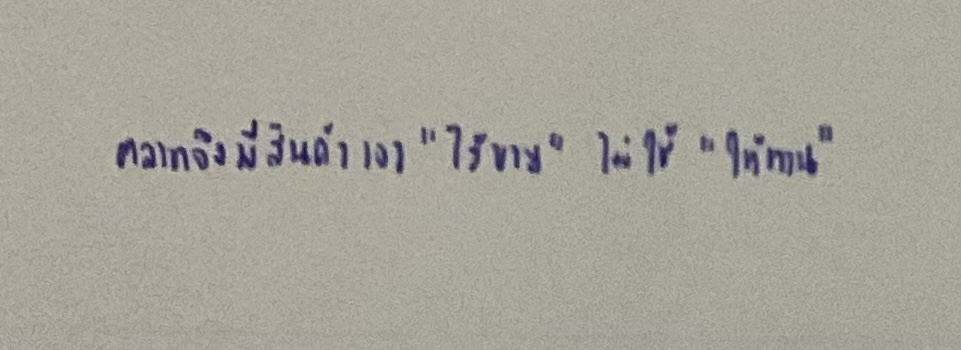
ตลาดจึงมีสินค้าเอา"ไว้ขาย"ไม่ใช้"ให้ทาน"